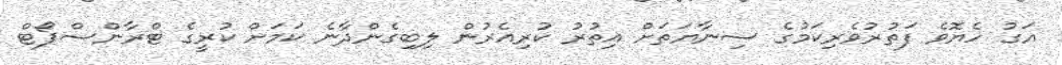
އަގު ހެޔޮވެ ފަތުރުވެރިކަމުގެ ސިނާޔަތަށް އިތުރު ކުރިއެރުން ލިބިގެންދާނެ ކަމަށް ކުރީގެ ޓްރާންސްޕޯޓް